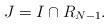
\begin{align*}J = I \cap R_{N-1}.\end{align*}